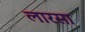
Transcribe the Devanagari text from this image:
लारसा